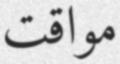
مواقت